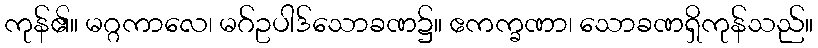
ကုန်၏။ မဂ္ဂကာလေ၊ မဂ်ဥပါဒ်သောခဏ၌။ ဧကက္ခဏာ၊ သောခဏရှိကုန်သည်။